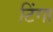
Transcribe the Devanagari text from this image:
टिंगा